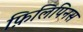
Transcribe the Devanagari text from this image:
फ़िलिपिनस